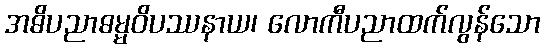
အဓိပညာဓမ္မဝိပဿနာယ၊ လောကီပညာထက်လွန်သော